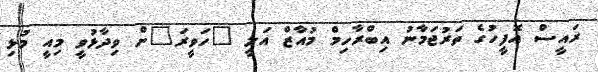
ރައީސް އޮފީހުގެ ތަރުޖަމާނު އިބްރާހިމް މުއާޒް އަލީ "ހަވީރަ"ށް ވިދާޅުވީ މިއީ މުޅި